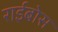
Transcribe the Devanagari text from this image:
राईबोस